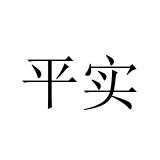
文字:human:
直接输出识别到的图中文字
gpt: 平实